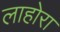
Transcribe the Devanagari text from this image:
लाहोरा